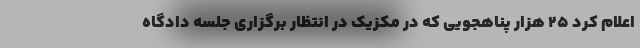
اعلام کرد 25 هزار پناهجویی که در مکزیک در انتظار برگزاری جلسه دادگاه